Elephants and their diseases
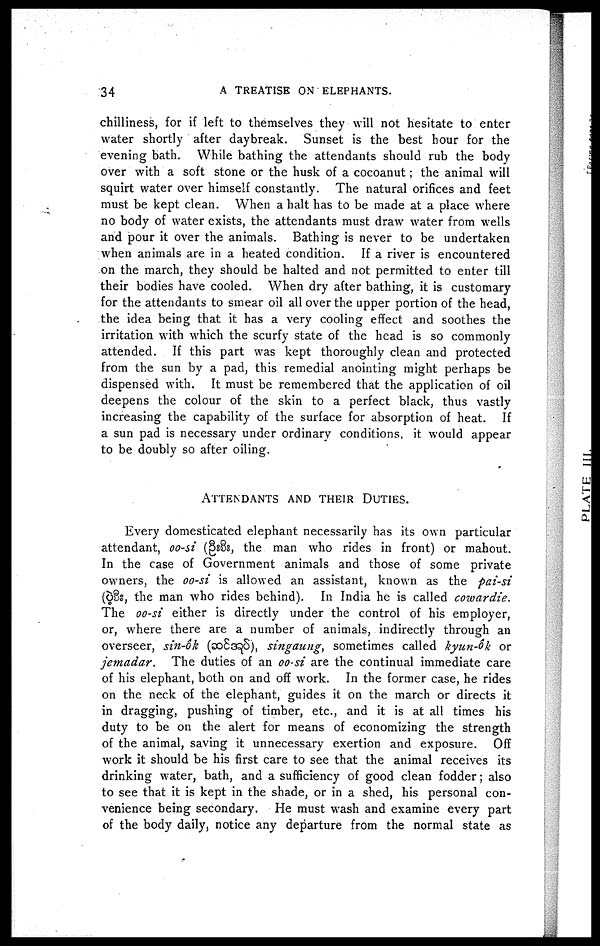
34
A TREATISE ON ELEPHANTS.
chilliness, for if left to themselves they will not hesitate to enter
water shortly after daybreak. Sunset is the best hour for the
evening bath. While bathing the attendants should rub the body
over with a soft stone or the husk of a cocoanut; the animal will
squirt water over himself constantly. The natural orifices and feet
must be kept clean. When a halt has to be made at a place where
no body of water exists, the attendants must draw water from wells
and pour it over the animals. Bathing is never to be undertaken
when animals are in a heated condition. If a river is encountered
on the march, they should be halted and not permitted to enter till
their bodies have cooled. When dry after bathing, it is customary
for the attendants to smear oil all over the upper portion of the head,
the idea being that it has a very cooling effect and soothes the
irritation with which the scurfy state of the head is so commonly
attended. If this part was kept thoroughly clean and protected
from the sun by a pad, this remedial anointing might perhaps be
dispensed with. It must be remembered that the application of oil
deepens the colour of the skin to a perfect black, thus vastly
increasing the capability of the surface for absorption of heat. If
a sun pad is necessary under ordinary conditions, it would appear
to be doubly so after oiling.
ATTENDANTS AND THEIR DUTIES.
Every domesticated elephant necessarily has its own particular
attendant, oo-si (
, the man who rides in front) or mahout.
In the case of Government animals and those of some private
owners, the oo-si is allowed an assistant, known as the pai-si
( , the man who rides behind). In India he is called cowardie.
The oo-si either is directly under the control of his employer,
or, where there are a number of animals, indirectly through an
overseer, sin-ôk (
), singaung, sometimes called kyun-ôk or
jemadar.
The duties of an oo-si are the continual immediate care
of his elephant, both on and off work. In the former case, he rides
on the neck of the elephant, guides it on the march or directs it
in dragging, pushing of timber, etc., and it is at all times his
duty to be on the alert for means of economizing the strength
of the animal, saving it unnecessary exertion and exposure. Off
work it should be his first care to see that the animal receives its
drinking water, bath, and a sufficiency of good clean fodder; also
to see that it is kept in the shade, or in a shed, his personal con-
venience being secondary. He must wash and examine every part
of the body daily, notice any departure from the normal state as